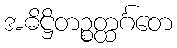
အဓိဋ္ဌိတဉ္စတ္ထင်္ဂတေ